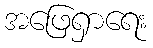
အဖြေရှာရေး